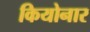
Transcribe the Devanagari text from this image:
कियोनार